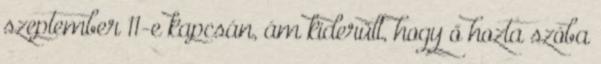
szeptember 11-e kapcsán, ám kiderült, hogy ő hozta szóba